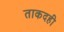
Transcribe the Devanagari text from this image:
ताकदही